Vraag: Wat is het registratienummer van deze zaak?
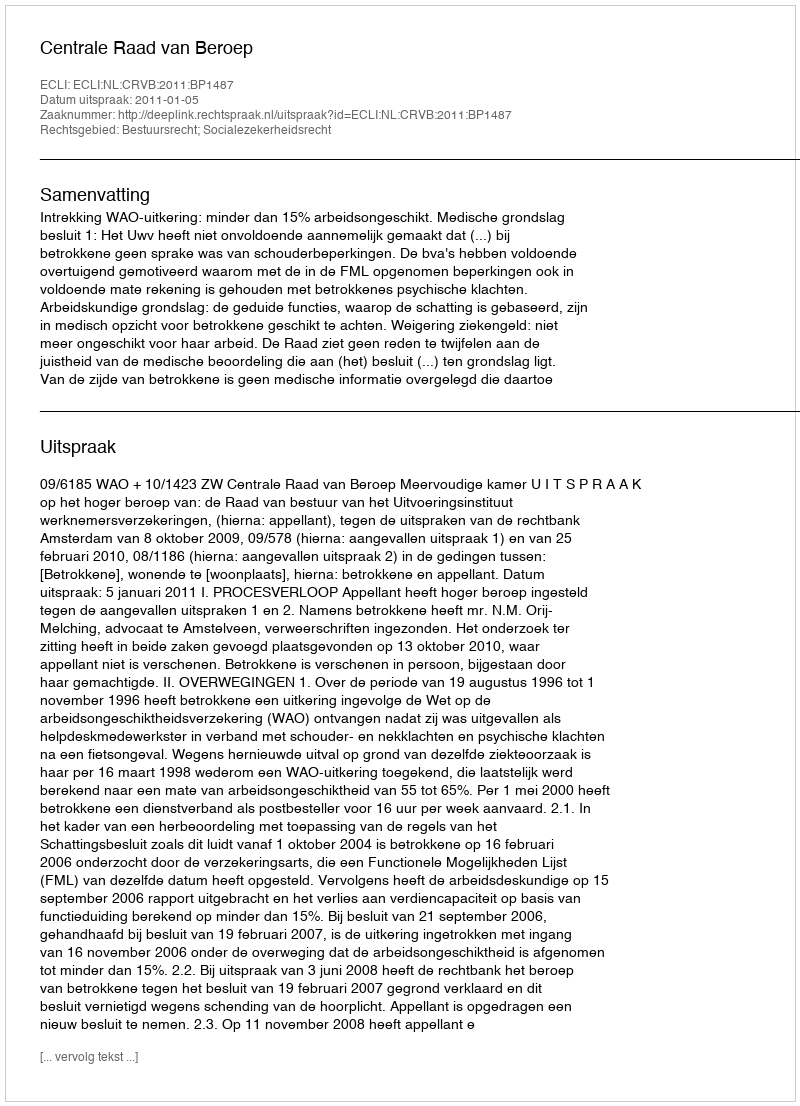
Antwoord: http://deeplink.rechtspraak.nl/uitspraak?id=ECLI:NL:CRVB:2011:BP1487